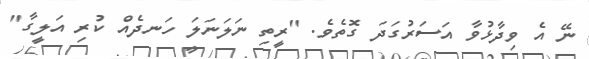
ނޭ އެ ވިދާޅުވާ އަސަރުގަދަ ގޮތެވެ. "ރީތި ނަލަނަލަ ހަނދެއް ކުރި އަލީގާ"